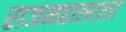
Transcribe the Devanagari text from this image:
राजमहालाला